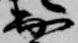
出